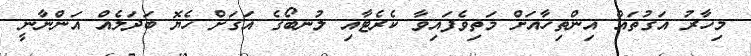
މިހާރު އަގުތައް އިންތިހާއަށް މަތިވެފައިވާ ކެރެޓާއި ލުނބޯގެ އަގަށް ހެޔޮ ބަދަލެއް އަންނާނީ